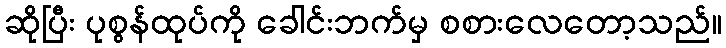
ဆိုပြီး ပုစွန်ထုပ်ကို ခေါင်းဘက်မှ စစားလေတော့သည်။